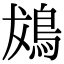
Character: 䳊